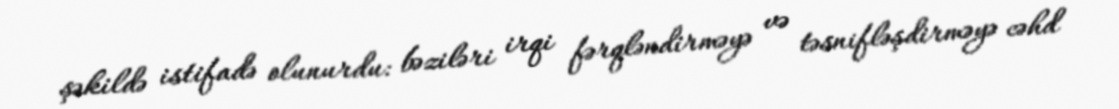
şəkildə istifadə olunurdu: bəziləri irqi fərqləndirməyə və təsnifləşdirməyə cəhd